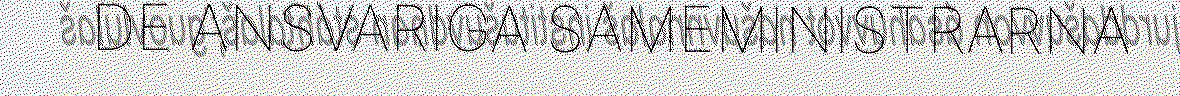
DE ANSVARIGA SAMEMINISTRARNA